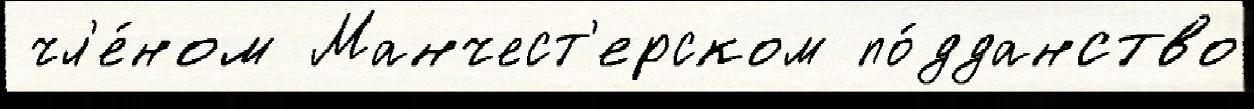
 чл'е́ном Манчест'ерском по́дданство